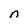
Character: n